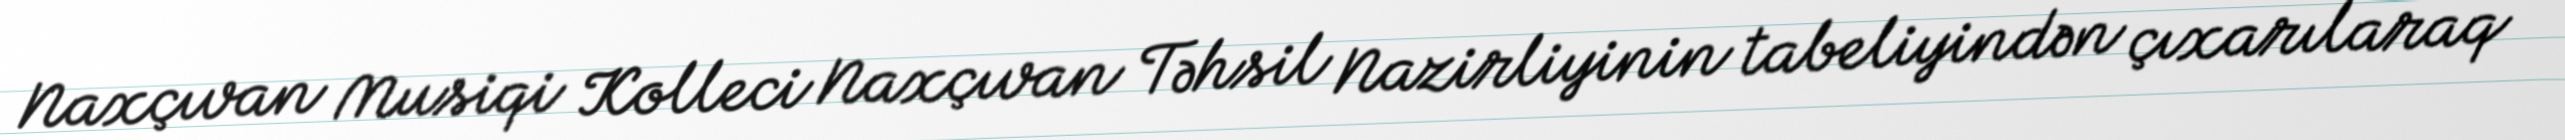
Naxçıvan Musiqi Kolleci Naxçıvan Təhsil Nazirliyinin tabeliyindən çıxarılaraq